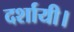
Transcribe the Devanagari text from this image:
दर्शायी।